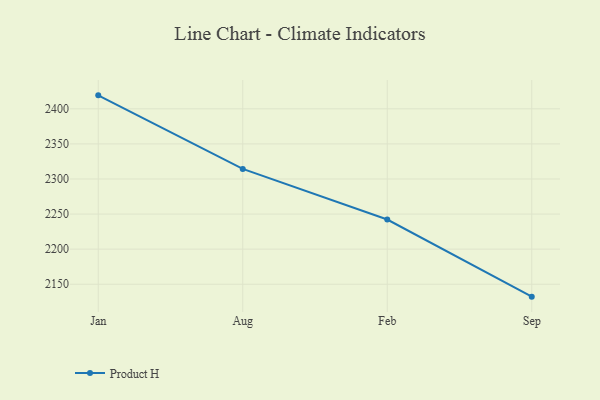
{"axis": {"x": "Month", "y": "Bounce Rate (%)"}, "legend": ["Product H"], "data": [{"x": "Jan", "y": 2419.2, "type": "Product H"}, {"x": "Aug", "y": 2314.4, "type": "Product H"}, {"x": "Feb", "y": 2242.2, "type": "Product H"}, {"x": "Sep", "y": 2132.3, "type": "Product H"}]}